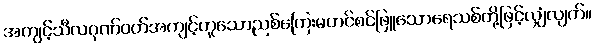
အကျင့်သီလဂုဏ်ဝတ်အကျင့်ဟူသောညစ်ကြေးမတင်စင်ဖြူသောရေသစ်တို့ဖြင့်လျှံလျက်။